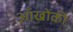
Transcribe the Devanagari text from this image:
आँखोंकी